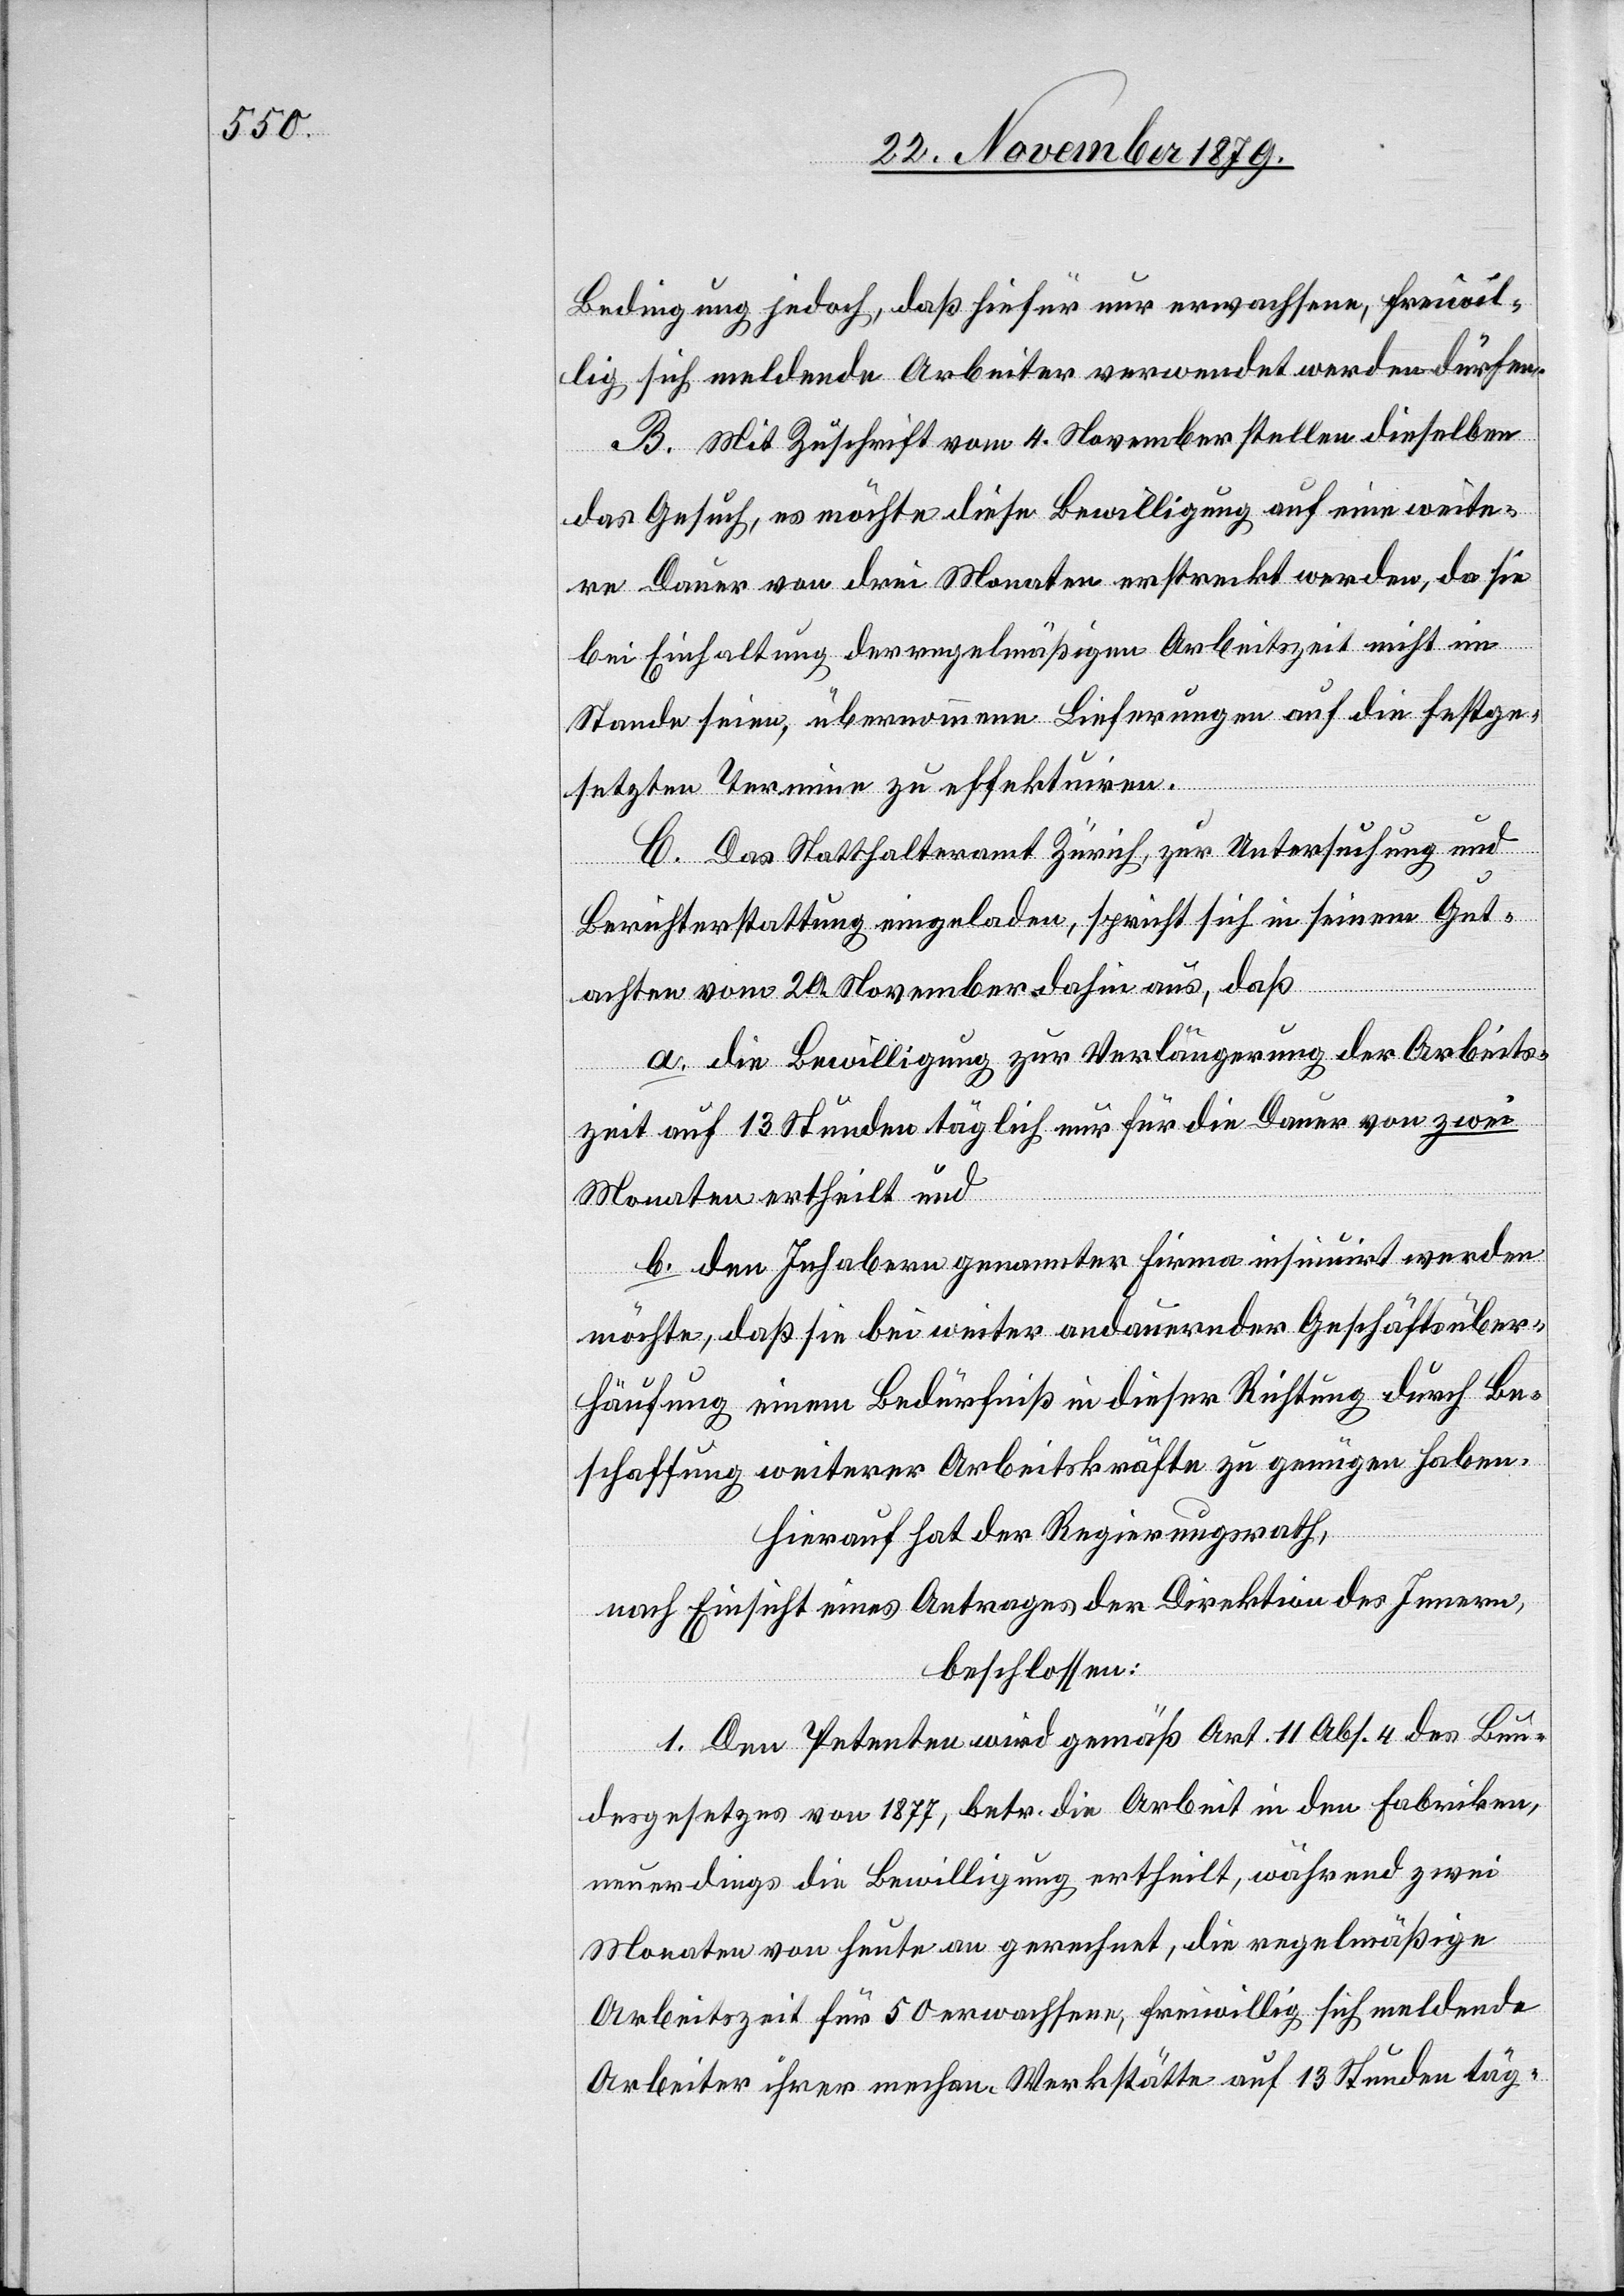
Bedingung jedoch, daß hiefür nur erwachsene, freiwil¬
lig sich meldende Arbeiter verwendet werden dürfen.
B. Mit Zuschrift vom 4. September stellen dieselben
das Gesuch, es möchte diese Bewilligung auf eine weite¬
re Dauer von drei Monaten erstreckt werden, da sie
bei Einhaltung der regelmäßigen Arbeitszeit nicht im
Stande seien, übernommene Lieferungen auf die festge¬
setzten Termine zu effektuiren.
C. Das Statthalteramt Zürich, zur Untersuchung und
Berichterstattung eingeladen, spricht sich in seinem Gut¬
achten vom 20. November dahin aus, daß
a. die Bewilligung zur Verlängerung der Arbeits¬
zeit auf 13 Stunden täglich nur für die Dauer von zwei
Monaten ertheilt und
b. den Inhaber genannter Firma insinuirt werden
möchte, daß sie bei weiter andauernder Geschäftsüber¬
häufung einem Bedürfnis in dieser Richtung durch Be¬
schaffung weiterer Arbeitskräfte zu genügen haben.
Hierauf hat der Regierungsrath,
nach Einsicht eines Antrages der Direktion des Innern,
beschlossen:
1. Den Petenten wird gemäß Art. 11[,] Abs. 4 des Bun¬
desgesetzes von 1877, betr. die Arbeit in den Fabriken,
neuerdings die Bewilligung ertheilt, während zwei
Monaten von heute an gerechnet, die regelmäßige
Arbeitszeit für 50 erwachsene, freiwillig sich meldende
Arbeiter ihrer mechan. Werkstätte auf 13 Stunden täg-